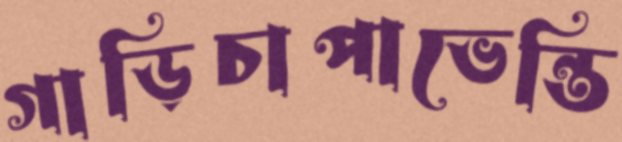
গাড়িচাপাভেন্তি